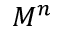
M ^ { n }